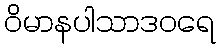
ဝိမာနပါသာဒဝရေ